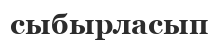
сыбырласып